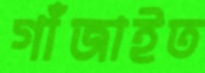
গাঁজাইত